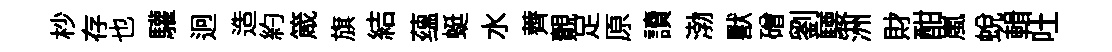
杪存也驩迥造約箴旗結蕴蜓水薺覿足原讀渤獸磳劉騕洲財酣嵐蛻輯吐